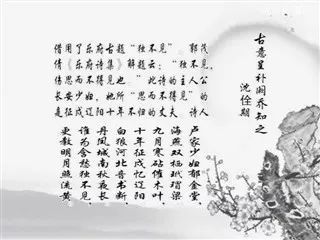
谁谓含愁独不见，更教明月照流黄。